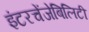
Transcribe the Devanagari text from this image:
इंटरचेंजेबिलिटी